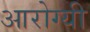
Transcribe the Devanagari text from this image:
आरोग्यी